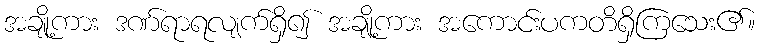
အချို့ကား ဒဏ်ရာရလျက်ရှိ၍ အချို့ကား အကောင်းပကတိရှိကြသေး၏။